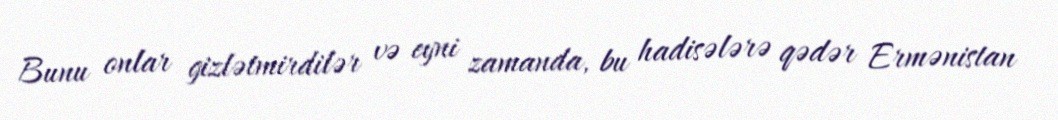
Bunu onlar gizlətmirdilər və eyni zamanda, bu hadisələrə qədər Ermənistan